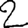
Digit: 2